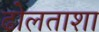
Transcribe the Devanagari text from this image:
ढोलताशा